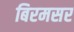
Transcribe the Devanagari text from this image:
बिरमसर